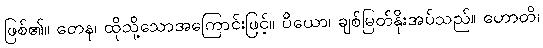
ဖြစ်၏။ တေန၊ ထိုသို့သောအကြောင်းဖြင့်။ ပိယော၊ ချစ်မြတ်နိုးအပ်သည်။ ဟောတိ၊